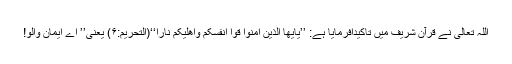
اللہ تعالیٰ نے قرآن شریف میں تاکیداًفرمایا ہے: ’’یٰأَیُّھَا الَّذِیْنَ أٰمَنُوْا قُوْا أَنْفُسَکُمْ وَأَھْلِیْکُمْ نَارًا‘‘(التحریم:۶) یعنی’’ اے ایمان والو!